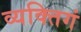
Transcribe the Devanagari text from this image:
व्यक्तिगं